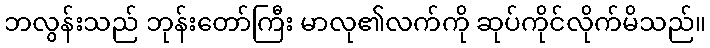
ဘလွန်းသည် ဘုန်းတော်ကြီး မာလု၏လက်ကို ဆုပ်ကိုင်လိုက်မိသည်။